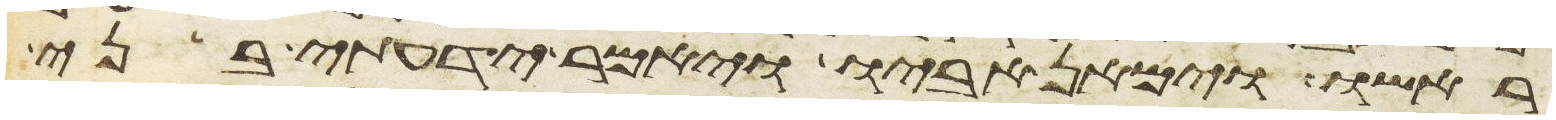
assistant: ראשו וימאן אביו ויאמר ידעתי בני